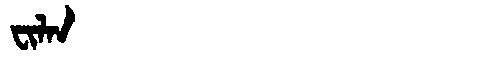
Manchu: ᠸᡳᠯᠠᠨ
Romanization: FILAN